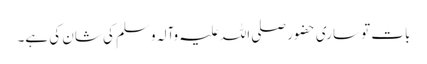
بات تو ساری حضور صلی اللہ علیہ وآلہ وسلم کی شان کی ہے۔